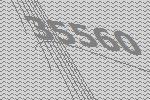
35560